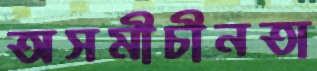
অসমীচীনতা